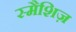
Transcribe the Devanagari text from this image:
स्मैशिज़